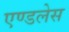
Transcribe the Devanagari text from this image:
एण्डलेस